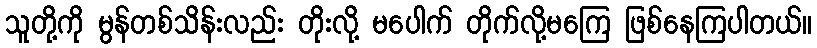
သူတို့ကို မွန်တစ်သိန်းလည်း တိုးလို့ မပေါက် တိုက်လို့မကြေ ဖြစ်နေကြပါတယ်။